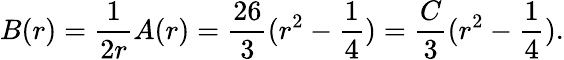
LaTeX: B(r)=\frac{1}{2r}A(r)=\frac{26}{3}(r^{2}-\frac{1}{4})=\frac{C}{3}(r^{2}-\frac{1}{4}).